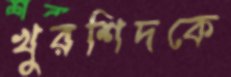
খুরশিদকে